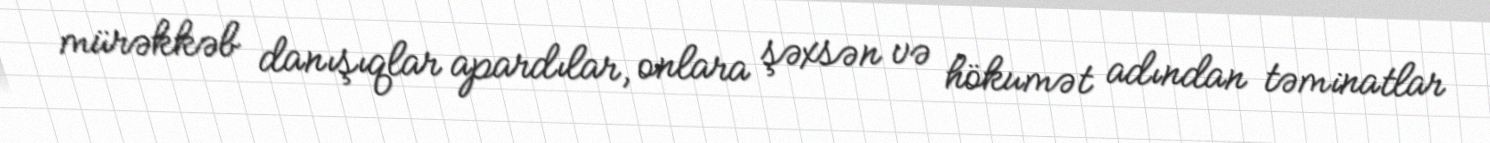
mürəkkəb danışıqlar apardılar, onlara şəxsən və hökumət adından təminatlar